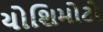
યોશિમોટો